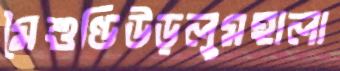
মৈশুণ্ডিউড়লুমহালা